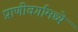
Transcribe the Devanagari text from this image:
प्राणीवर्गामध्ये